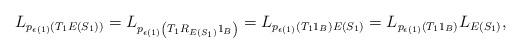
LaTeX: \begin{align*}L_{p_{\epsilon(1)}\left(T_1E(S_1)\right)} = L_{p_{\epsilon(1)}\left(T_1R_{E(S_1)}1_B\right)} = L_{p_{\epsilon(1)}\left(T_11_B\right) E(S_1)} = L_{p_{\epsilon(1)}\left(T_11_B\right)}L_{E(S_1)},\end{align*}